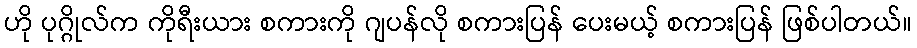
ဟို ပုဂ္ဂိုလ်က ကိုရီးယား စကားကို ဂျပန်လို စကားပြန် ပေးမယ့် စကားပြန် ဖြစ်ပါတယ်။